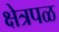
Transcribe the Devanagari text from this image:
क्षेत्रपळ